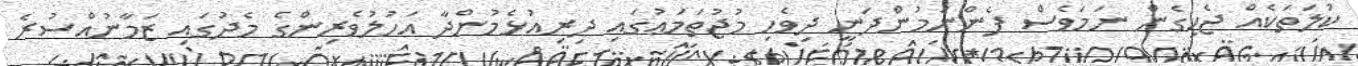
ކުލަތަކެއް ޖެހިގެން ނަމަވެސް ފެންނަމުންދަނީ ދިވެހި މުޖުތަމަޢުގައި ދިރިއުޅެމުންދާ އަހުލުވެރިންގެ މެދުގައި ޒަމާނުއްސުރެ